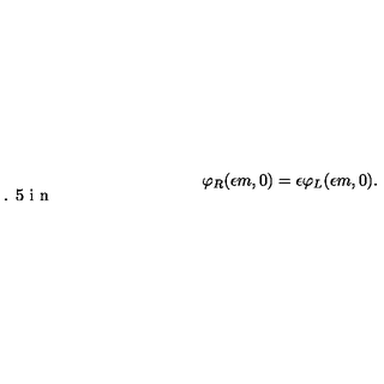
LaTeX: \varphi _ { R } ( \epsilon m , 0 ) = \epsilon \varphi _ { L } ( \epsilon m , 0 ) . \vspace { 0 . 5 i n }